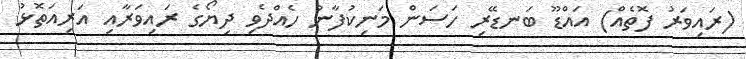
(ރައިވަރު ފޮތެއް) އައްޑޫ ބަނޑޭރި ހަސަން މަނިކުފާނު ހެއްދެވި ދިޔޯގެ ރައިވަރާއި އަރިއަތޮޅު